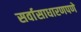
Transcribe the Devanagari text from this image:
सर्वासाधारणपणे